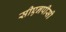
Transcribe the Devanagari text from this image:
सीएनपीसी